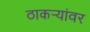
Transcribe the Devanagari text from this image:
ठाकर्‍यांवर